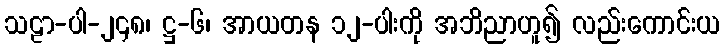
သဠာ-ပါ-၂၄၈၊ ဋ္ဌ-၆၊ အာယတန ၁၂-ပါးကို အဘိညာဟူ၍ လည်းကောင်းယ